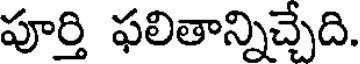
పూర్తి ఫలితాన్నిచ్చేది.